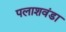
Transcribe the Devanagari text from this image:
पलाशवंडा